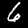
Digit: 6